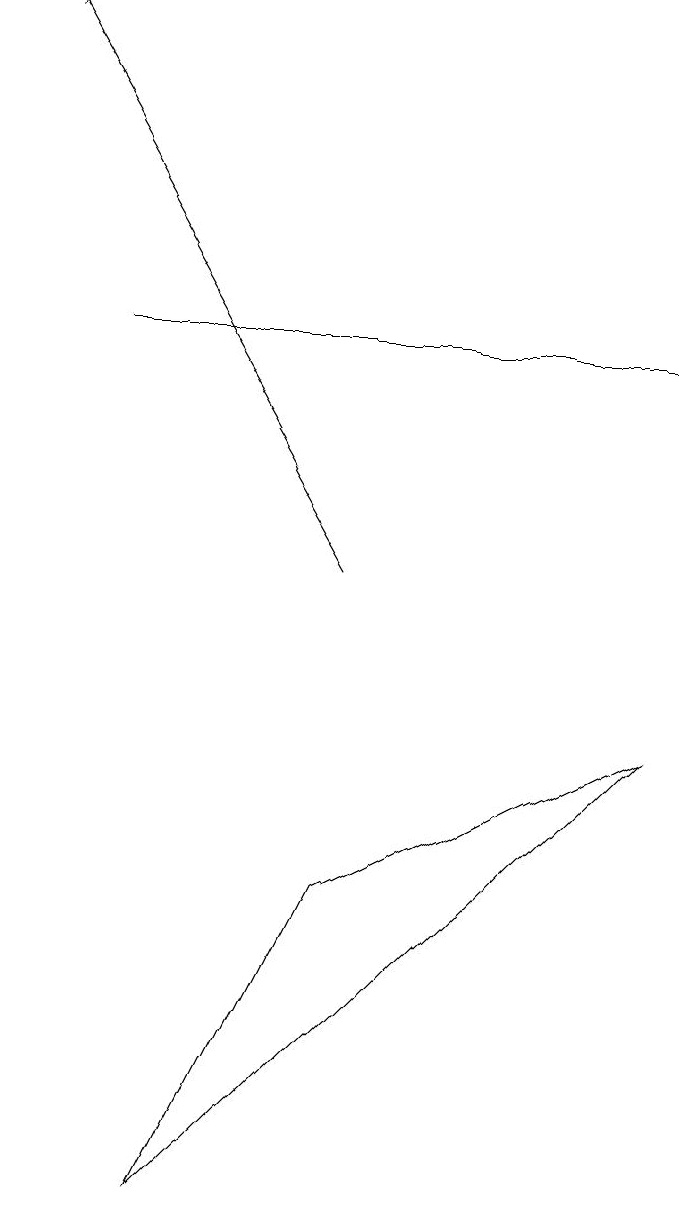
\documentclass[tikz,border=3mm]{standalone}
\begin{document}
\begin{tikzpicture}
\draw[->] (4,10) -- (0,17);
\draw (2,2) -- (4,6) -- (8,8) -- cycle;
\draw (8,13) rectangle (1,13);
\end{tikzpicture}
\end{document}